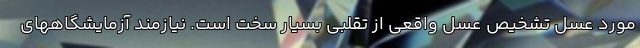
مورد عسل تشخیص عسل واقعی از تقلبی بسیار سخت است. نیازمند آزمایشگاههای